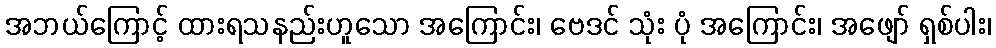
အဘယ်ကြောင့် ထားရသနည်းဟူသော အကြောင်း၊ ဗေဒင် သုံး ပုံ အကြောင်း၊ အဖျော် ရှစ်ပါး၊